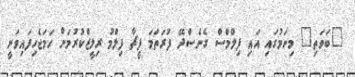
"ބަވަތި" މިނަމުގައި އައި ފިލްމްސް ގެެނެސްދޭ ފުރަތަމަ ފީޗާ ފިލްމު ރިލީޒްކުރުމަށް ހަމަޖެހިފައިވަނީ